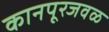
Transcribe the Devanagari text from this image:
कानपूरजवळ